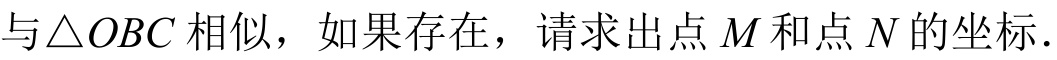
与\(\triangle OBC\)相似，如果存在，请求出点\(M\)和点\(N\)的坐标.